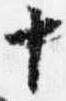
十